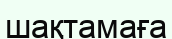
шақтамаға